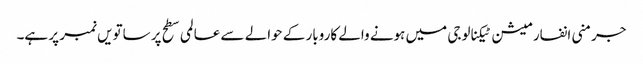
جرمنی انفارمیشن ٹیکنالوجی میں ہونے والے کاروبار کے حوالے سے عالمی سطح پر ساتویں نمبر پر ہے۔